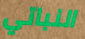
النباتي